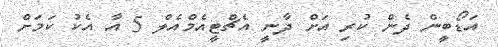
އަޑޯބީން ދެން ކުރި އަށް ދާނީ އެޗްޓީއެމްއެލް 5 އާ އެކު ކަމަށް